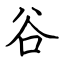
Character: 谷